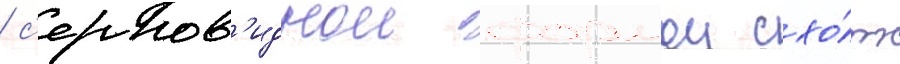
/ с'ерпов'иднои формои схо́ж